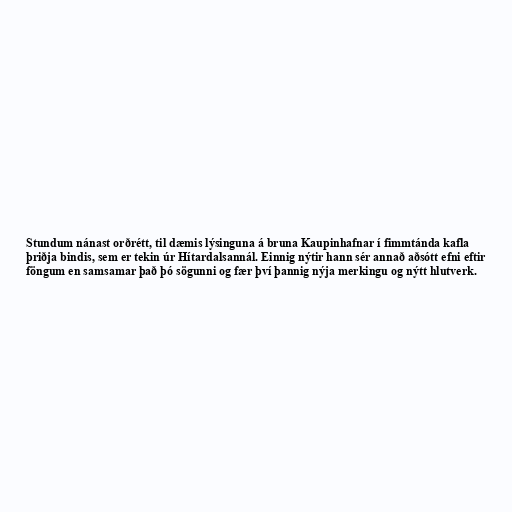
Stundum nánast orðrétt, til dæmis lýsinguna á bruna Kaupinhafnar í fimmtánda kafla
þriðja bindis, sem er tekin úr Hítardalsannál. Einnig nýtir hann sér annað aðsótt efni eftir
föngum en samsamar það þó sögunni og fær því þannig nýja merkingu og nýtt hlutverk.